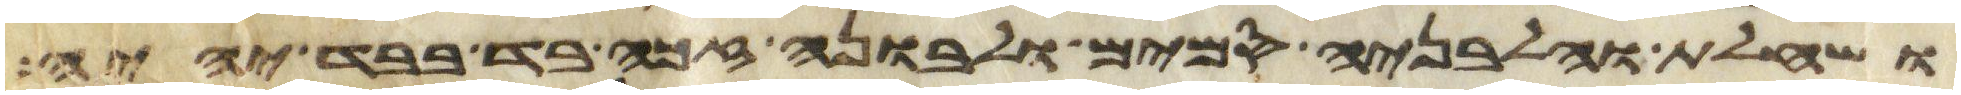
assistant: ושחלת וחלבניה סמים ולבונה זכה בד בבד יהיה